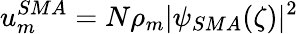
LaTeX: u_{m}^{SMA}=N\rho_{m}|\psi_{SMA}(\zeta)|^{2}